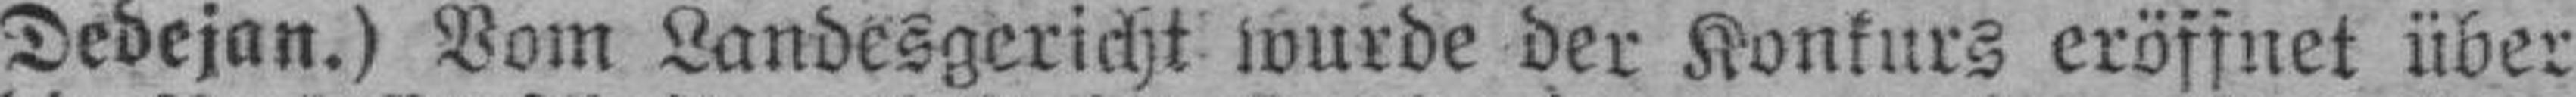
Dedejan.) Vom Landesgericht wurde der Konkurs eröffnet über